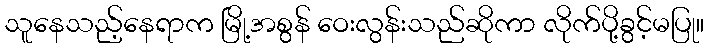
သူနေသည့်နေရာက မြို့အစွန် ဝေးလွန်းသည်ဆိုကာ လိုက်ပို့ခွင့်မပြု။